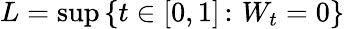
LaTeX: L=\operatorname*{sup}\left\{ t\in[0,1]\, \colon\, W_{t}=0\right\}